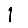
Digit: 1